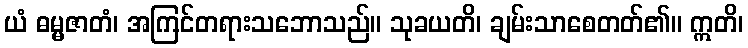
ယံ ဓမ္မဇာတံ၊ အကြင်တရားသဘောသည်။ သုခယတိ၊ ချမ်းသာစေတတ်၏။ ဣတိ၊